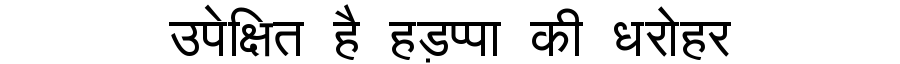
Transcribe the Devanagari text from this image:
उपेक्षित है हड़प्पा की धरोहर